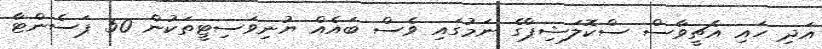
އަދި ހައި އެޗީވާސް ސްކޮލަޝިޕްގެ ނަމުގައި ވެސް ބައެއް ޔުނިވަސިޓީތަކުން 50 ޕަސެންޓާ